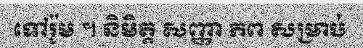
ទៅរ៉ូម ។ និមិត្ត សញ្ញា ភព សម្រាប់